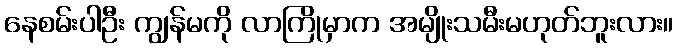
နေစမ်းပါဦး ကျွန်မကို လာကြိုမှာက အမျိုးသမီးမဟုတ်ဘူးလား။